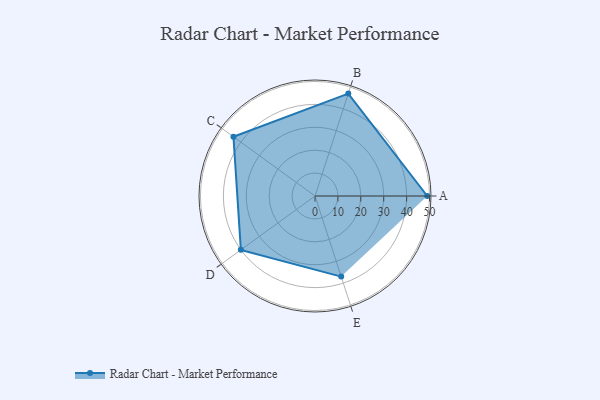
{"axis": {"x": "Skill", "y": "Score"}, "legend": ["Profile"], "data": [{"x": "A", "y": 49.0, "type": "Profile"}, {"x": "B", "y": 47.0, "type": "Profile"}, {"x": "C", "y": 44.0, "type": "Profile"}, {"x": "D", "y": 40.0, "type": "Profile"}, {"x": "E", "y": 37.0, "type": "Profile"}]}